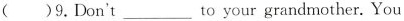
()9.Don't ___ to your grandmother. You